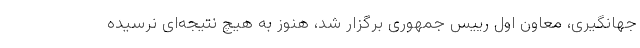
جهانگیری، معاون اول رییس جمهوری برگزار شد، هنوز به هیچ نتیجه‌ای نرسیده